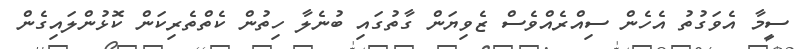
ސީމާ އެވަގުތު އެހެން ސިއްރެއްވެސް ޒެވިޔަން ގާތުގައި ބުނެލާ ހިތުން ކެތްތެރިކަން ކޮޅުންލައިގެން